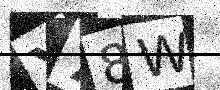
Text: Y78W